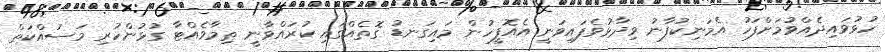
ހުޅުވައިދެއްވުމަށްފަހު އެމަނިކުފާނު ވިދާޅުވެފައިވަނީ އެއޮފީހުން މައިގަނޑު ގޮތެއްގައި ކުރައްވާނީ ތިމާވެއްޓާ ގުޅުންހުރި މަސައްކަތް